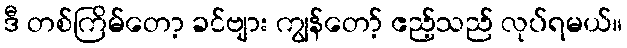
ဒီ တစ်ကြိမ်တော့ ခင်ဗျား ကျွန်တော့် ဧည့်သည် လုပ်ရမယ်။